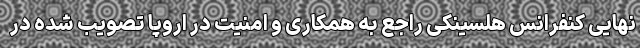
نهایی کنفرانس هلسینکی راجع به همکاری و امنیت در اروپا تصویب شده در